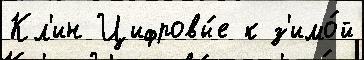
Кл'ин Цифровы́е к з'имо́й